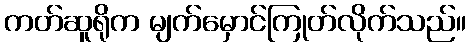
ကတ်ဆူရိုက မျက်မှောင်ကြုတ်လိုက်သည်။